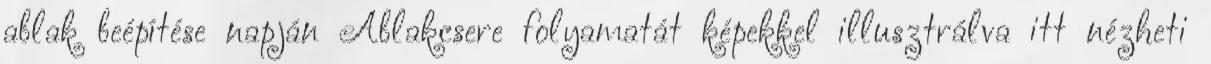
ablak beépítése napján Ablakcsere folyamatát képekkel illusztrálva itt nézheti